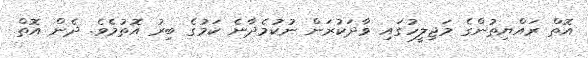
އޮތް ރައްޔިތުންގެ މަޖިލީހުގައި ވާދަކުރަން ނުކުމެދާނެ ކަމުގެ ބިރު އޮތުމެވެ. ދެން އޮތް